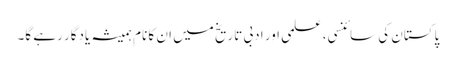
پاکستان کی سائنسی، علمی اور ادبی تاریخ میں ان کا نام ہمیشہ یادگار رہے گا۔